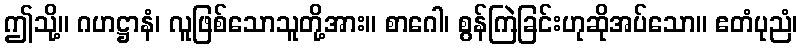
ဤသို့။ ဂဟဋ္ဌာနံ၊ လူဖြစ်သောသူတို့အား။ စာဂေါ၊ စွန်ကြဲခြင်းဟုဆိုအပ်သော။ ဧတံပုညံ၊